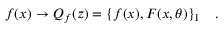
f ( x ) \to Q _ { f } ( z ) = \{ f ( x ) , F ( x , \theta ) \} _ { 1 } \, \, \, \, \, \, .